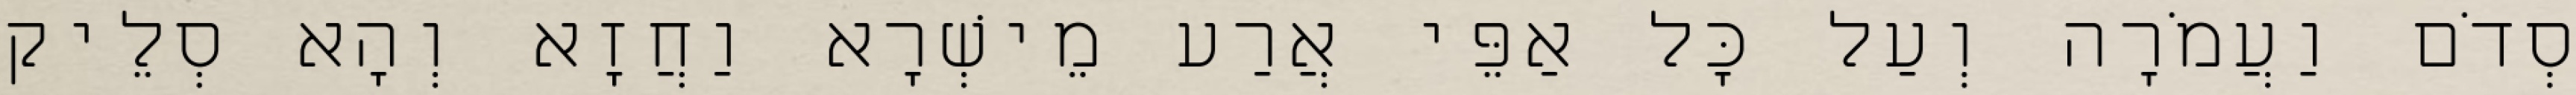
סְדֹם וַעֲמֹרָה וְעַל כָּל אַפֵּי אֲרַע מֵישְׁרָא וַחֲזָא וְהָא סְלֵיק